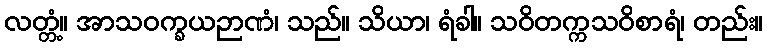
လတ္တံ့။ အာသဝက္ခယဉာဏံ၊ သည်။ သိယာ၊ ရံခါ။ သဝိတက္ကသဝိစာရံ၊ တည်း။